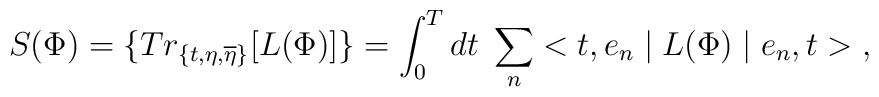
S(\Phi )=\{Tr_{\{t,\eta ,\overline{\eta }\}}[L(\Phi )]\}=\int_0^Tdt\; \sum_n <t,e_n \mid L(\Phi )\mid e_n,t>  \;,